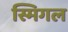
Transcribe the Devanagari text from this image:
स्मिगल